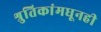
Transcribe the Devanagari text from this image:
श्रुतिकांमधूनही